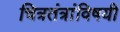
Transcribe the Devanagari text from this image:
चित्रतंत्रांविषयी